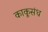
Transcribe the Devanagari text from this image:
काकूसंध